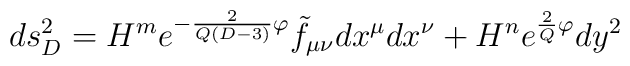
ds^2_D =H^m e^{-\frac{2}{Q(D-3)}\varphi} \tilde{f}_{\mu\nu}dx^{\mu}dx^{\nu} +H^n e^{\frac{2}{Q} \varphi} dy^2